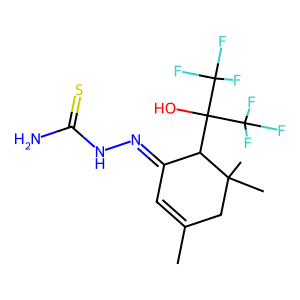
SMILES: CC1=CC(=NNC(N)=S)C(C(O)(C(F)(F)F)C(F)(F)F)C(C)(C)C1
Inhibits HIV replication: No